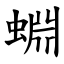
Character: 蜵